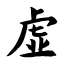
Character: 虚